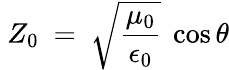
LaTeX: ~Z_{0}~=~{\sqrt{\frac{\mu_{0}}{\epsilon_{0}}}}~\cos\theta